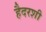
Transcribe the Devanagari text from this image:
हैदरशी